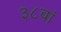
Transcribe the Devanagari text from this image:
३८वां